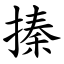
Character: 搸